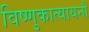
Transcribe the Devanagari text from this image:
विष्णुकात्यायनौ